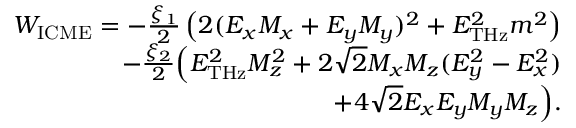
\begin{array} { r } { W _ { \mathrm { I C M E } } = - \frac { \xi _ { 1 } } { 2 } \left( 2 ( E _ { x } M _ { x } + E _ { y } M _ { y } ) ^ { 2 } + E _ { \mathrm { T H z } } ^ { 2 } m ^ { 2 } \right) } \\ { - \frac { \xi _ { 2 } } { 2 } \Big ( E _ { \mathrm { T H z } } ^ { 2 } M _ { z } ^ { 2 } + 2 \sqrt { 2 } M _ { x } M _ { z } ( E _ { y } ^ { 2 } - E _ { x } ^ { 2 } ) } \\ { + 4 \sqrt { 2 } E _ { x } E _ { y } M _ { y } M _ { z } \Big ) . } \end{array}